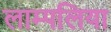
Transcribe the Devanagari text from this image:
लाम्पलिया